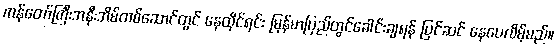
ကန်တော်ကြီးအနီးအိမ်တစ်ဆောင်တွင် နေထိုင်ရင်း မြန်မာပြည်တွင်ခေါင်းချရန် ပြင်ဆင် နေပေလိမ့်မည်။